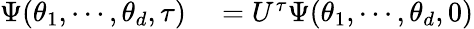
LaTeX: \begin{array}{rl}{\Psi(\theta_{1},\cdots,\theta_{d},\tau)}&{{}=U^{\tau}\Psi(\theta_{1},\cdots,\theta_{d},0)}\end{array}